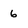
Character: 6